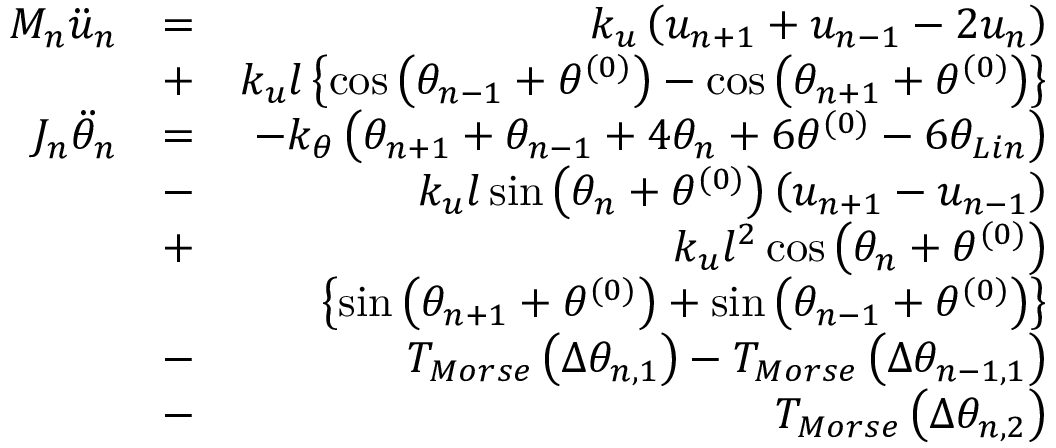
\begin{array} { r l r } { { { M } _ { n } } { { \ddot { u } } _ { n } } } & { = } & { { { k } _ { u } } \left( { { u } _ { n + 1 } } + { { u } _ { n - 1 } } - 2 { { u } _ { n } } \right) } \\ & { + } & { { { k } _ { u } } l \left\{ \cos \left( { { \theta } _ { n - 1 } } + { { \theta } ^ { ( 0 ) } } \right) - \cos \left( { { \theta } _ { n + 1 } } + { { \theta } ^ { ( 0 ) } } \right) \right\} } \\ { { { J } _ { n } } { { \ddot { \theta } } _ { n } } } & { = } & { - { { k } _ { \theta } } \left( { { \theta } _ { n + 1 } } + { { \theta } _ { n - 1 } } + 4 { { \theta } _ { n } } + 6 { { \theta } ^ { ( 0 ) } } - 6 \theta _ { L i n } \right) } \\ & { - } & { { { k } _ { u } } l \sin \left( { { \theta } _ { n } } + { { \theta } ^ { ( 0 ) } } \right) \left( { { u } _ { n + 1 } } - { { u } _ { n - 1 } } \right) } \\ & { + } & { { { k } _ { u } } { { l } ^ { 2 } } \cos \left( { { \theta } _ { n } } + { { \theta } ^ { ( 0 ) } } \right) } \\ & { } & { \left\{ \sin \left( { { \theta } _ { n + 1 } } + { { \theta } ^ { ( 0 ) } } \right) + \sin \left( { { \theta } _ { n - 1 } } + { { \theta } ^ { ( 0 ) } } \right) \right\} } \\ & { - } & { { { T } _ { M o r s e } } \left( \Delta { { \theta } _ { n , 1 } } \right) - { { T } _ { M o r s e } } \left( \Delta { { \theta } _ { n - 1 , 1 } } \right) } \\ & { - } & { { { T } _ { M o r s e } } \left( \Delta { { \theta } _ { n , 2 } } \right) } \end{array}